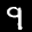
Label: 9